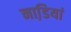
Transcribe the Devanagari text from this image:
नाडि़यां